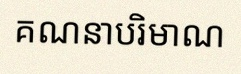
គណនាបរិមាណ